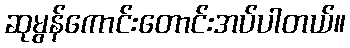
ဆုမွန်ကောင်းတောင်းအပ်ပါတယ်။